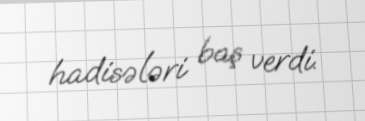
hadisələri baş verdi.